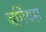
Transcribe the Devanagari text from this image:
बर्गियस